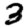
Digit: 3